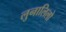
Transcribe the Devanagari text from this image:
लुनालिलो